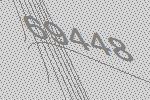
69448